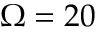
\Omega = 2 0